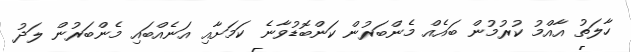
ހާލަތު އާއްމު ކުރުމުން ބައެއް މެންބަރުން ކަންބޮޑުވާނެ ކަމަށާއި އަނެއްބައި މެންބަރުން ލަދު